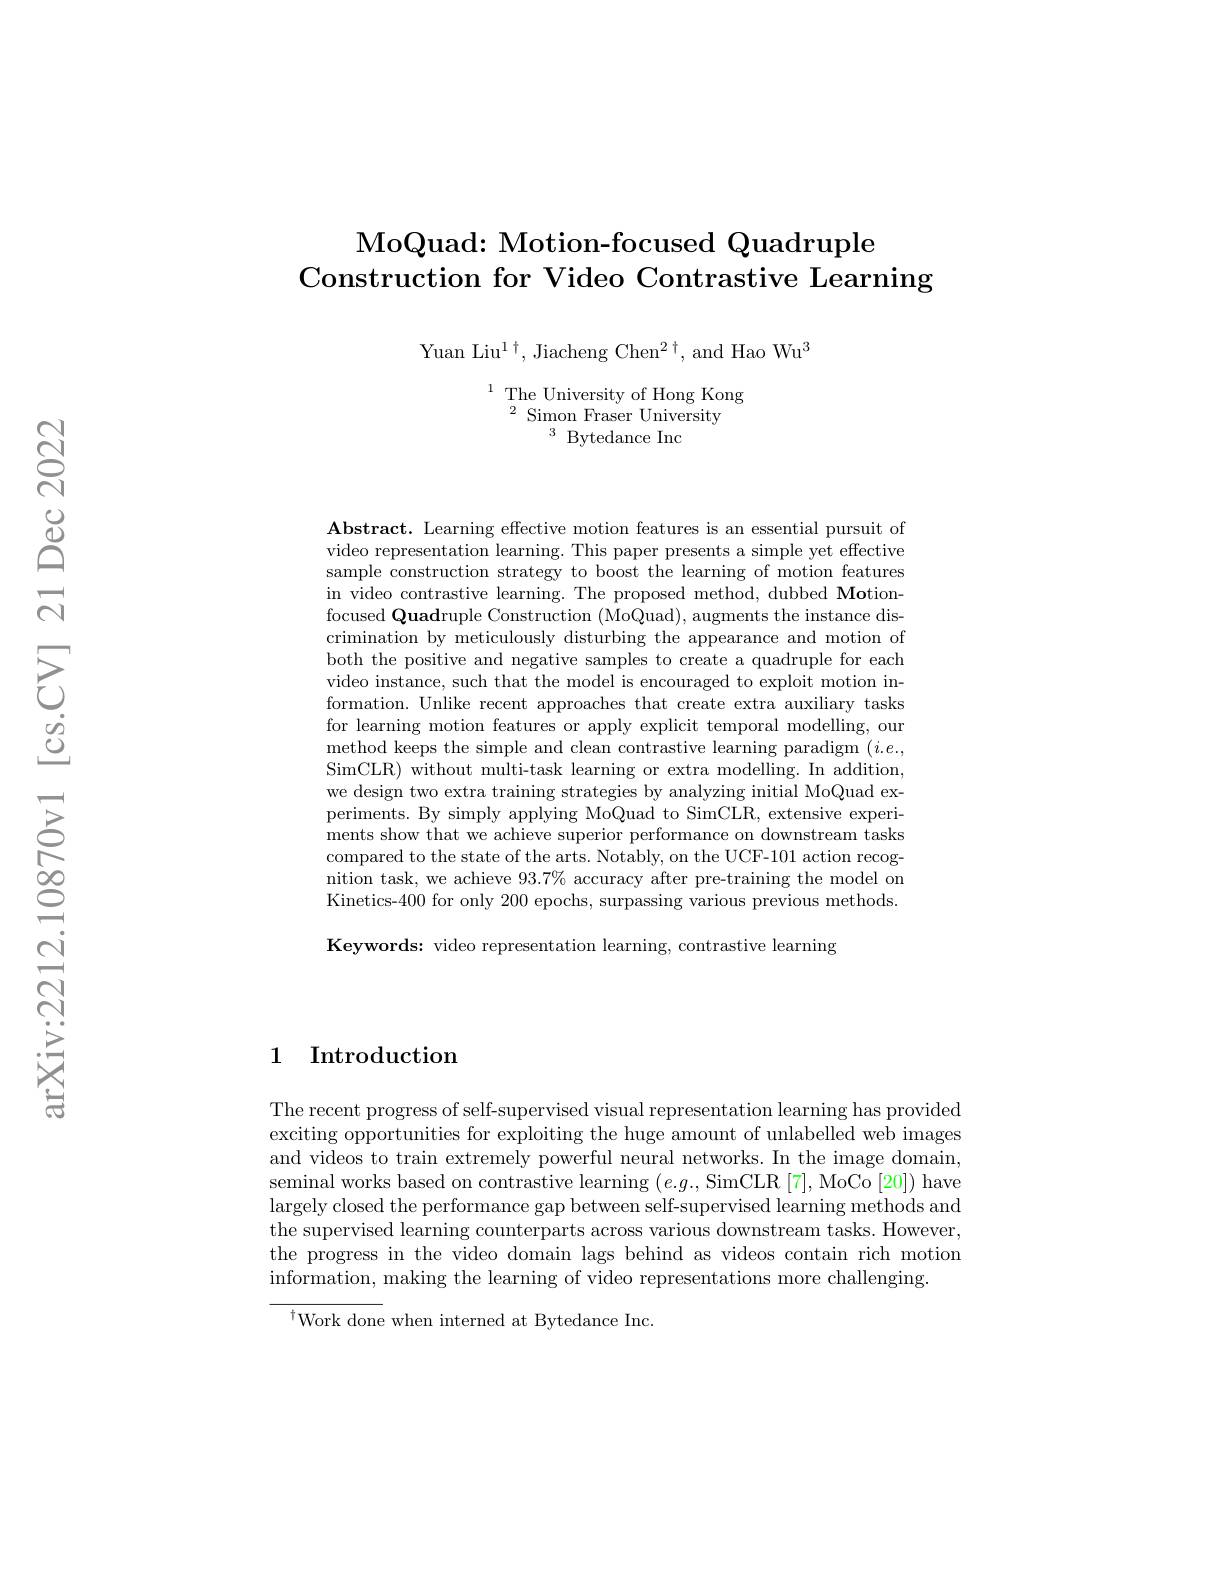
## MoQuad: Motion-focused Quadruple Construction for Video Contrastive Learning

Yuan Liu$^1\dagger$, Jiacheng Chen$^2\dagger$, and Hao Wu$^3$

$\begin{array}{ll}^{1}&\text{The University o}\end{array}$
$^{3}$Bytedance Inc

Abstract. Learning effective motion features is an essential pursuit of video representation learning. This paper presents a simple yet effective sample construction strategy to boost the learning of motion features in video contrastive learning. The proposed method, dubbed Motionfocused Quadruple Construction (MoQuad), augments the instance discrimination by meticulously disturbing the appearance and motion of both the positive and negative samples to create a quadruple for each video instance, such that the model is encouraged to exploit motion information. Unlike recent app for learning motion features or apply explicit temporal modelling, our method keeps the simple and clean contrastive learning paradigm $(i.e.$, SimCLR) without multi-task learning or extra modelling. In addition, we design two extra training strategies by analyzing initial MoQuad experiments. By simply applying MoQuad to SimCLR, extensive experiments show that we achieve s compared to the state of the arts. Notably, on the UCF-101 action recognition task, we achieve 93. Kinetics-400 for only 200 ep Keywords: video representation learning, contrastive learning

1 Introduction

The recent progress of self-supervised visual representation learning has provided exciting opportunities for exploiting the huge amount of unlabelled web images and videos to train extremel seminal works based on contr largely closed the performance gap between self-supervised learning methods and the supervised learning counterparts across various downstream tasks. However, the progress in the video domain lags behind as videos contain rich motion $\bar{\text{information, making the learning of video representations more challenging.}}$
$^{\dagger}$Work done when interned at Bytedance Inc.